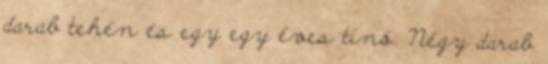
darab tehén és egy egy éves tinó. Négy darab